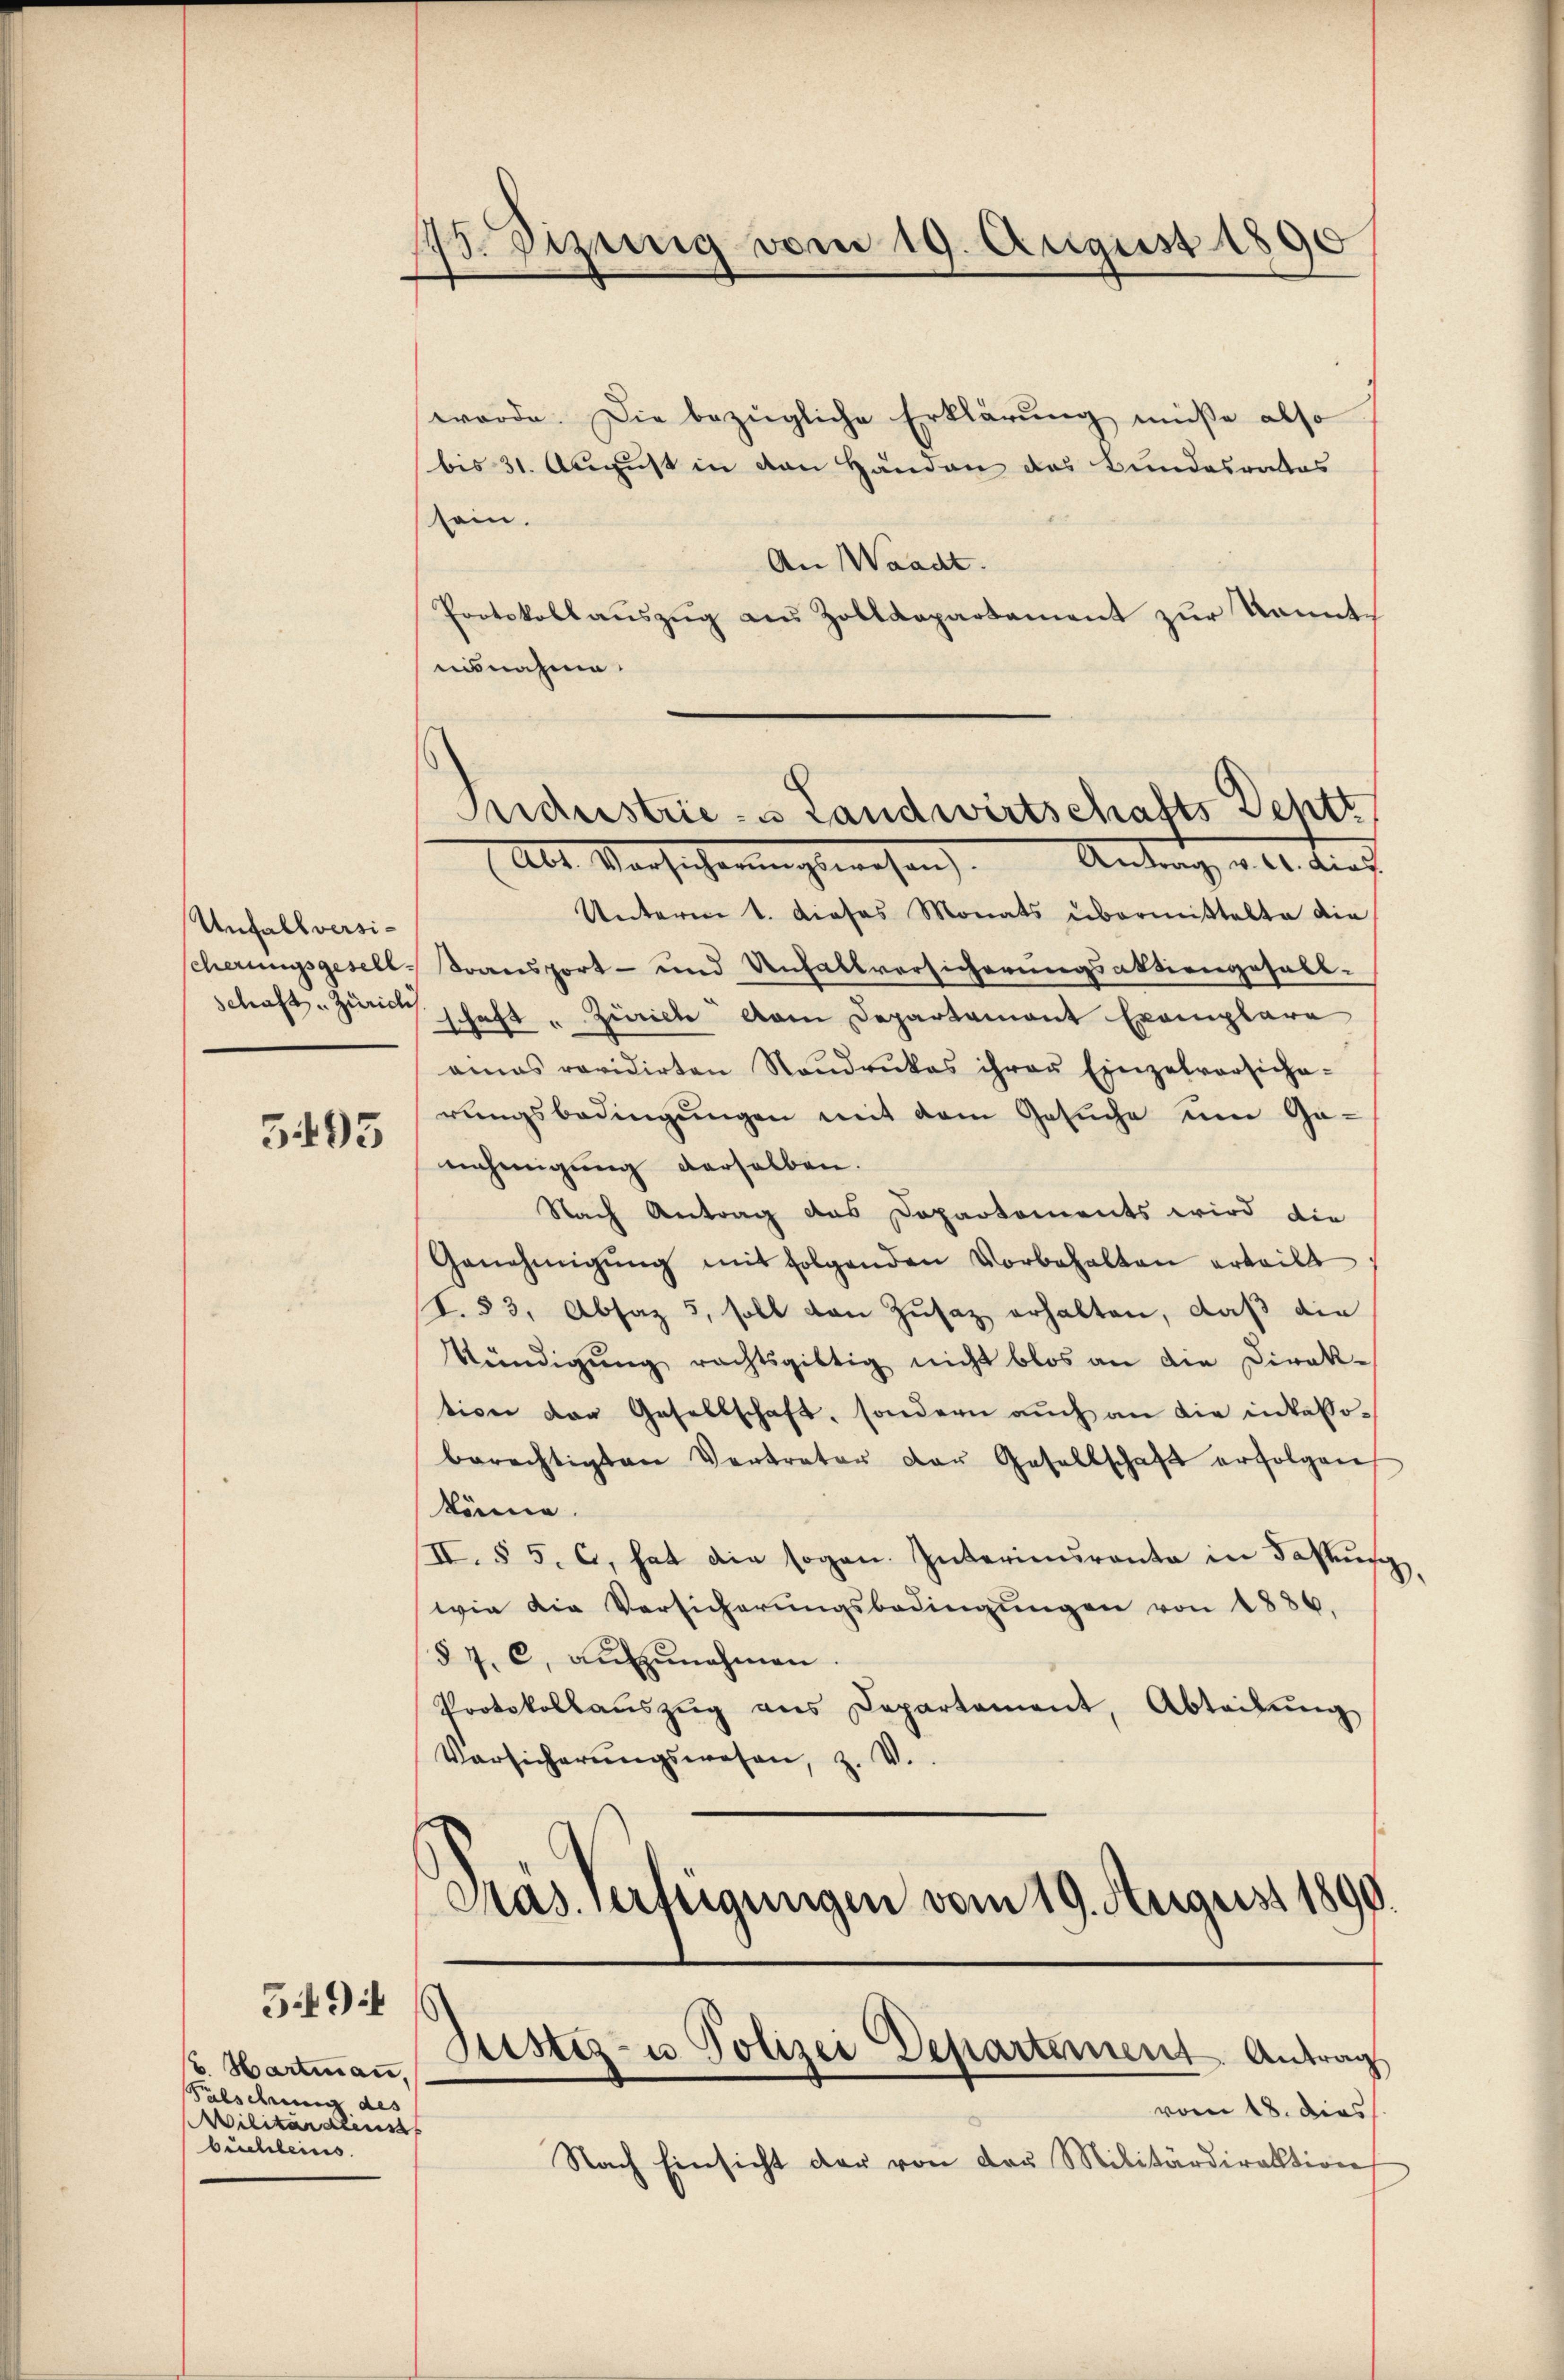
.
7. Sizung vom 19. August 1890

werde. Die bezügliche Erklärung müsse also
bis 31. August in den Händen das Bundesrates
sein.
An Waadt.
Protokollauszug aus Zolldepartement zur Kenntusnahme.

Industrie- & Landwirtschafts Dehtt
Antrag, a. 0. durch
Abt. Vorsicherungswesen.

Unterm 1. dieses Monats übermittelte die
scherungsgesell-Transport- und Unfallversicherungsaktiengesall-
schaft. Zürich schaft " Zürich vom Departament Exemplare
aias revidirten Raŭdrŭkas ihrer Einzelvorsiche-
rungsbedingungen mit dem Gesuche um Ge-
nehmigung derselben.
Nach Antrag des Departements wird die
Genehmigŭng mit folgenden Vorbehalten erteilt
I. 83, Absaz 5, soll den Zusatz erhalten, daß die
Kündigŭng rechtsgültig nicht blos an die Direktion der Gesellschaft, sondern auch an die intabsoberechtigten Vertrater der Gesellschaft erfolgen
könne.
II. § 5. C, hat die sogan. Interinurante in Fassung,
wie die Versicherŭngsbedingŭngen von 1886.
§ 7. c. aŭfzŭnehmen.
Protokollaŭszŭg ans Departement, Abteilŭng
Versicherŭngswesen, z. V.
Pras verfügungen vom 19. August 1890.

Unfallversi¬

5495

d
Justiz- u Polizei Departement Antrag
vom 18. dies

59

. Hartmann,
Falschung des
Militardienst
büchleines

Nach Einsicht der von der Militärdirektion